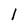
Character: 1